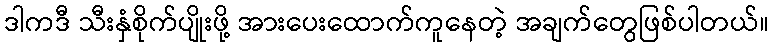
ဒါကဒီ သီးနှံစိုက်ပျိုးဖို့ အားပေးထောက်ကူနေတဲ့ အချက်တွေဖြစ်ပါတယ်။